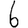
Digit: 6